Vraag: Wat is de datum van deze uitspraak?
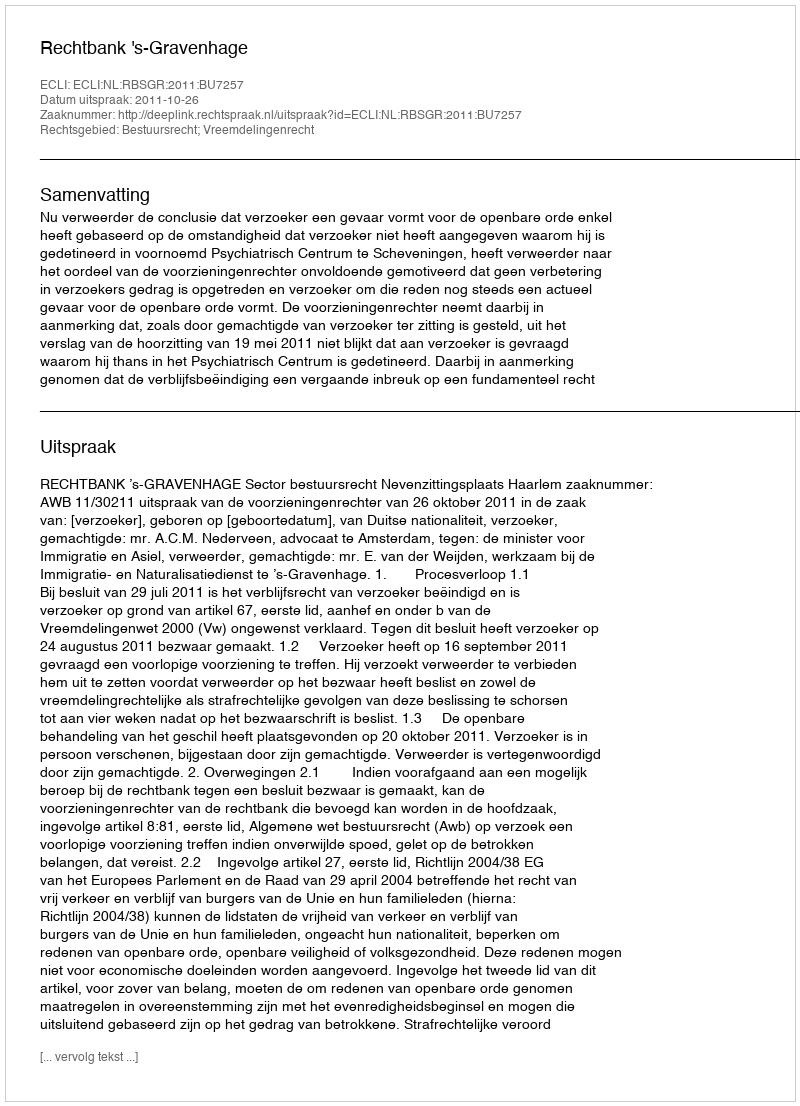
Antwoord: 2011-10-26